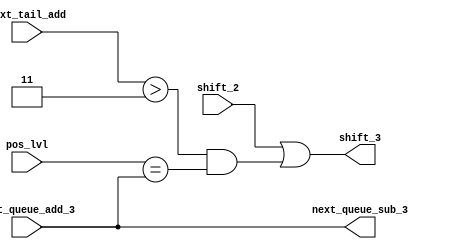
module lvl_3_logic (
    input [1:0] next_queue_add_3,
    input [2:0] next_tail_add,
    input [1:0] pos_lvl,
    input shift_2,
    output [1:0] next_queue_sub_3,
    output shift_3
);
    assign shift_3 = shift_2 | ((next_tail_add > 3) & (pos_lvl == next_queue_add_3));
    assign next_queue_sub_3 = next_queue_add_3;
endmodule